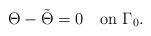
LaTeX: \begin{align*}\Theta-\tilde \Theta=0\quad\mbox{on}\,\,\Gamma_0.\end{align*}